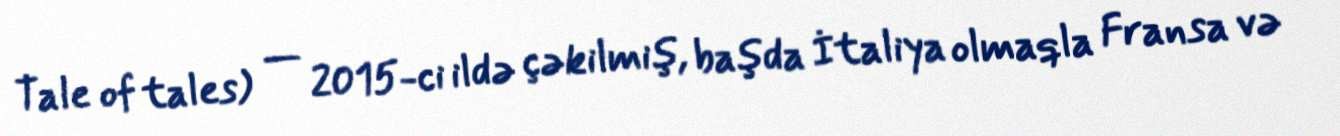
Tale of tales) — 2015-ci ildə çəkilmiş, başda İtaliya olmaqla Fransa və